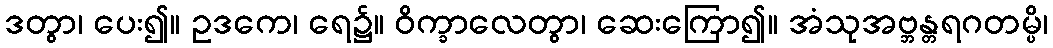
ဒတွာ၊ ပေး၍။ ဥဒကေ၊ ရေ၌။ ဝိက္ခာလေတွာ၊ ဆေးကြော၍။ အံသုအဗ္ဘန္တရဂတမ္ပိ၊